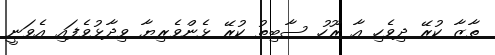
ތާޒާ ކުރޭ ދިވެހި އާ ރޫހު ސާބިތު ކުރޭ ޅެންވެރިޔާ ވިދާޅުވެފައި އެވަނީ